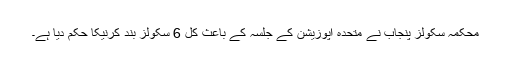
محکمہ سکولز پنجاب نے متحدہ اپوزیشن کے جلسہ کے باعث کل 6 سکولز بند کرنیکا حکم دیا ہے۔